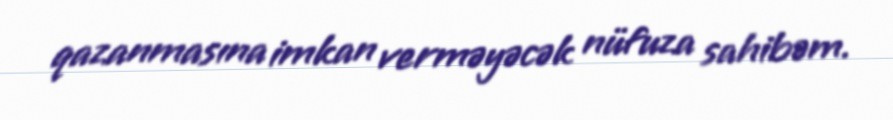
qazanmasına imkan verməyəcək nüfuza sahibəm.